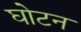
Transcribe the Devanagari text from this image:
घोटन